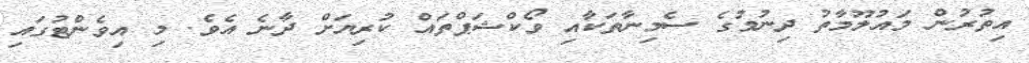
އިތުރުން މައުލޫމާތު ދިނުމުގެ ސެމިނާތަކާއި ވޯކްޝަޕްތައް ކުރިޔަށް ދާނެ އެވެ. މި އިވެންޓުގައި